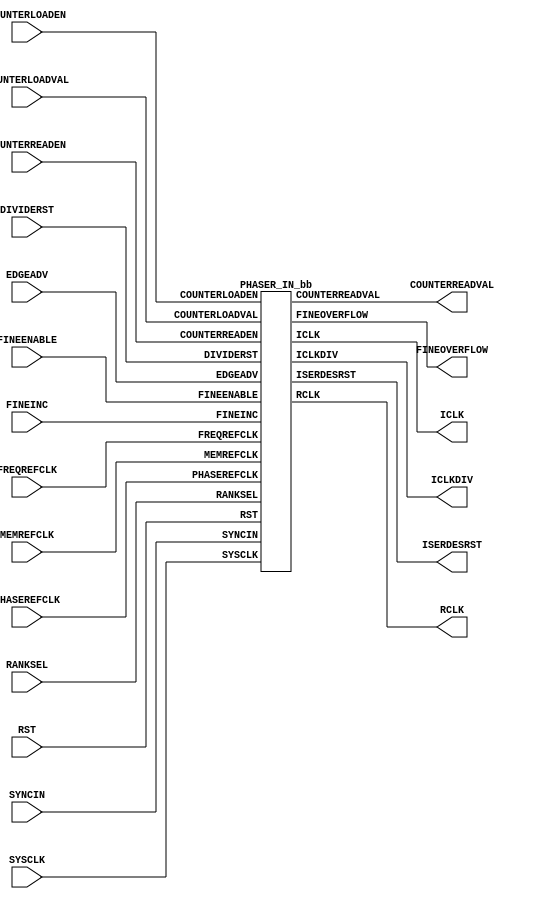
///////////////////////////////////////////////////////
//  Copyright (c) 1995/2015 Xilinx, Inc.
//  All Right Reserved.
///////////////////////////////////////////////////////
//
//   ____   ___
//  /   /\/   / 
// /___/  \  /     Vendor      : Xilinx 
// \  \    \/      Version : 2015.4
//  \  \           Description : Xilinx Formal Library Component
//  /  /                         7SERIES PHASER IN
// /__/   /\       Filename    : PHASER_IN.v
// \  \  /  \ 
//  \__\/\__ \                    
//                                 
/////////////////////////////////////////////////////////
//  Revision: Comment:
//  22APR2010 Initial UNI/UNP/SIM version from yaml
//    10/31/14 - Added inverter functionality for IS_*_INVERTED parameter (CR 828995).
// End Revision
/////////////////////////////////////////////////////////

`timescale 1 ps / 1 ps 

`celldefine

module PHASER_IN (
  COUNTERREADVAL,
  FINEOVERFLOW,
  ICLK,
  ICLKDIV,
  ISERDESRST,
  RCLK,

  COUNTERLOADEN,
  COUNTERLOADVAL,
  COUNTERREADEN,
  DIVIDERST,
  EDGEADV,
  FINEENABLE,
  FINEINC,
  FREQREFCLK,
  MEMREFCLK,
  PHASEREFCLK,
  RANKSEL,
  RST,
  SYNCIN,
  SYSCLK
);

`ifdef XIL_TIMING
  parameter LOC = "UNPLACED";
`endif

  parameter integer CLKOUT_DIV = 4;
  parameter DQS_BIAS_MODE = "FALSE";
  parameter EN_ISERDES_RST = "FALSE";
  parameter integer FINE_DELAY = 0;
  parameter FREQ_REF_DIV = "NONE";
  parameter [0:0] IS_RST_INVERTED = 1'b0;
  parameter real MEMREFCLK_PERIOD = 0.000;
  parameter OUTPUT_CLK_SRC = "PHASE_REF";
  parameter real PHASEREFCLK_PERIOD = 0.000;
  parameter real REFCLK_PERIOD = 0.000;
  parameter integer SEL_CLK_OFFSET = 5;
  parameter SYNC_IN_DIV_RST = "FALSE";
  
  output FINEOVERFLOW;
  output ICLK;
  output ICLKDIV;
  output ISERDESRST;
  output RCLK;
  output [5:0] COUNTERREADVAL;

  input COUNTERLOADEN;
  input COUNTERREADEN;
  input DIVIDERST;
  input EDGEADV;
  input FINEENABLE;
  input FINEINC;
  input FREQREFCLK;
  input MEMREFCLK;
  input PHASEREFCLK;
  input RST;
  input SYNCIN;
  input SYSCLK;
  input [1:0] RANKSEL;
  input [5:0] COUNTERLOADVAL;
   
  wire RST_in;

  assign RST_in = RST ^ IS_RST_INVERTED;
   
  PHASER_IN_bb inst_bb (
             .COUNTERREADVAL(COUNTERREADVAL),
             .FINEOVERFLOW(FINEOVERFLOW),
             .ICLK(ICLK),
             .ICLKDIV(ICLKDIV),
             .ISERDESRST(ISERDESRST),
             .RCLK(RCLK),
             .COUNTERLOADEN(COUNTERLOADEN),
             .COUNTERLOADVAL(COUNTERLOADVAL),
             .COUNTERREADEN(COUNTERREADEN),
             .DIVIDERST(DIVIDERST),
             .EDGEADV(EDGEADV),
             .FINEENABLE(FINEENABLE),
             .FINEINC(FINEINC),
             .FREQREFCLK(FREQREFCLK),
             .MEMREFCLK(MEMREFCLK),
             .PHASEREFCLK(PHASEREFCLK),
             .RANKSEL(RANKSEL),
             .RST(RST_in),
             .SYNCIN(SYNCIN),
             .SYSCLK(SYSCLK)
             );

endmodule

module PHASER_IN_bb (
  output FINEOVERFLOW,
  output ICLK,
  output ICLKDIV,
  output ISERDESRST,
  output RCLK,
  output [5:0] COUNTERREADVAL,

  input COUNTERLOADEN,
  input COUNTERREADEN,
  input DIVIDERST,
  input EDGEADV,
  input FINEENABLE,
  input FINEINC,
  input FREQREFCLK,
  input MEMREFCLK,
  input PHASEREFCLK,
  input RST,
  input SYNCIN,
  input SYSCLK,
  input [1:0] RANKSEL,
  input [5:0] COUNTERLOADVAL
);

endmodule

`endcelldefine